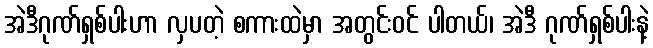
အဲဒီဂုဏ်ရှစ်ပါးဟာ လှပတဲ့ စကားထဲမှာ အတွင်းဝင် ပါတယ်၊ အဲဒီ ဂုဏ်ရှစ်ပါးနဲ့